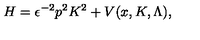
H = \epsilon ^ { - 2 } p ^ { 2 } K ^ { 2 } + V ( x , K , \Lambda ) ,